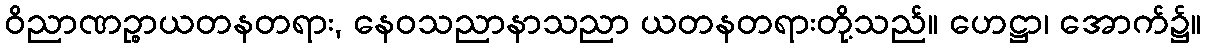
ဝိညာဏဉ္စာယတနတရား, နေဝသညာနာသညာ ယတနတရားတို့သည်။ ဟေဋ္ဌာ၊ အောက်၌။